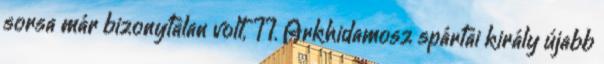
sorsa már bizonytalan volt, II. Arkhidamosz spártai király újabb